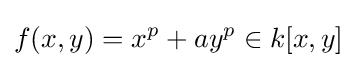
f(x,y)=x^{p}+ay^{p}\in k[x,y]